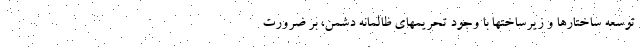
توسعه ساختارها و زیرساختها با وجود تحریمهای ظالمانه دشمن، بر ضرورت